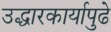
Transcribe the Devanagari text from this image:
उद्धारकार्यापुढे